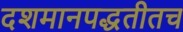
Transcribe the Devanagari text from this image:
दशमानपद्धतीतच